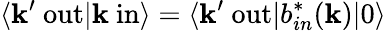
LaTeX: \langle\mathbf{k}^{\prime}\ \mathrm{{out}}|\mathbf{k}\ \mathrm{{in}}\rangle=\langle\mathbf{k}^{\prime}\ \mathrm{{out}}|b_{in}^{*}(\mathbf{k})|0\rangle